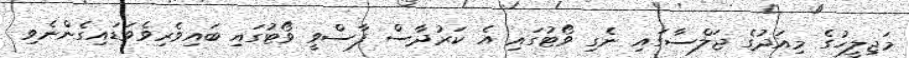
މަޖިލީހުގެ މިއަދުގެ ޖަލްސާގައި ނެގި ވޯޓުގައި އެ ކަރުދާސް ފާސްވީ ވޯޓުގައި ބައިވެރިވެވަޑައިގެންނެވި